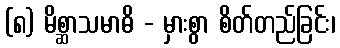
(၈) မိစ္ဆာသမာဓိ - မှားစွာ စိတ်တည်ခြင်း၊